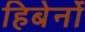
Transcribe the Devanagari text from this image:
हिबेर्नो